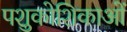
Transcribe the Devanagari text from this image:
पशुकोशिकाओं